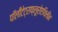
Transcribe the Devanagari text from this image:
पॉलीटेट्राफ्लूरोएथिलीन